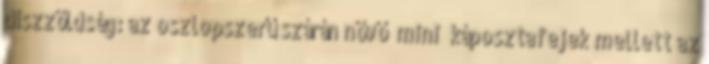
díszzöldség: az oszlopszerű szárán növő „mini” káposztafejek mellett az